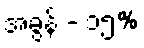
အခွန် - ၁၅%